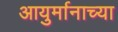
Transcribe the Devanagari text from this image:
आयुर्मानाच्या